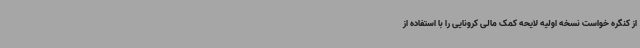
از کنگره خواست نسخه اولیه لایحه کمک مالی کرونایی را با استفاده از